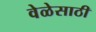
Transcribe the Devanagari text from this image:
वेळेसाठी